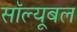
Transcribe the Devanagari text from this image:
सॉल्यूबल